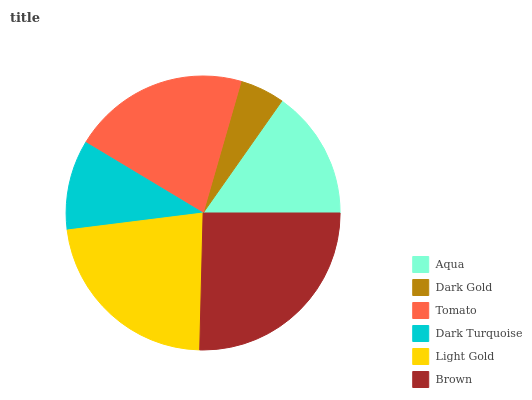
| Aqua | Dark Gold | Tomato | Dark Turquoise | Light Gold | Brown |
 | --- | --- | --- | --- | --- | --- |
 | 15.2% | 5.28% | 20.8% | 10.6% | 22.6% | 25.5% |